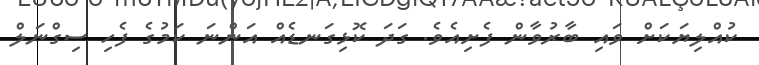
ކުއްލިޔަކަށް ވައި ބާރުވާން ފެށިއެވެ. ގަދަ ކޮޅިގަނޑެއް އަންނަ ކަމުގެ ފެހި ސިގްނަލް